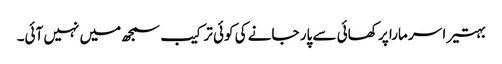
بہتیرا سر مارا پر کھائی سے پار جانے کی کوئی ترکیب سمجھ میں نہیں آئی۔